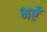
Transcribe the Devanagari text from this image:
भएँ